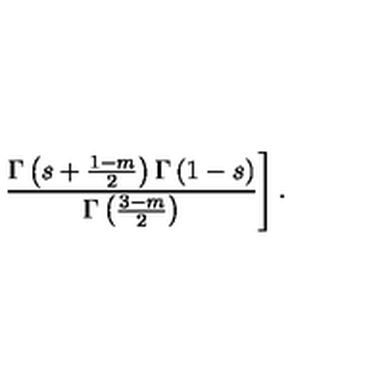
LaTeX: \left. \frac { \Gamma \left( s + \frac { 1 - m } { 2 } \right) \Gamma \left( 1 - s \right) } { \Gamma \left( \frac { 3 - m } { 2 } \right) } \right] .